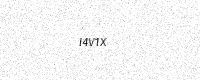
Text: I4V1X